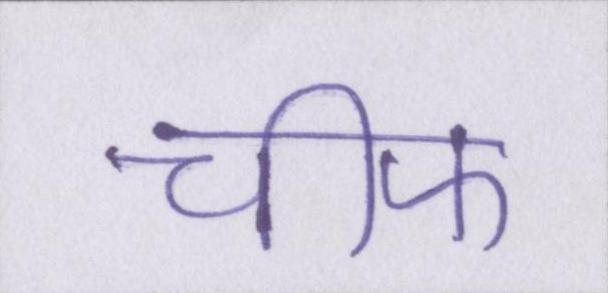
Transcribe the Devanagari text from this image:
चीफ